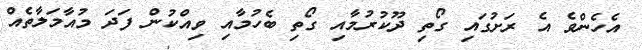
އެހެންވެ އެ ރަށުގައި ގޯތި ދޫކުރުމާއި ގޯތި ބެހުމާއި ވިއްކުން ފަދަ މުއާމަލާތެއް